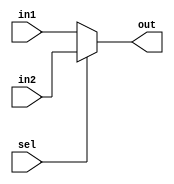
module mux32_2to1(input [31:0] in1,in2,input sel,output reg [31:0] out);\n\tassign out = sel ? in2 : in1;\nendmodule